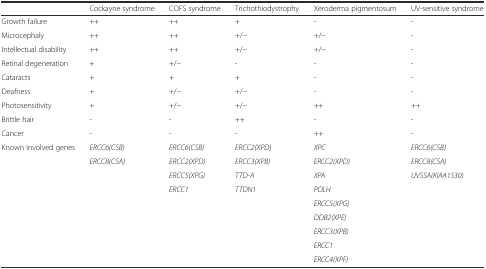
|  | Cockayne syndrome | COFS syndrome | Trichothiodystrophy | Xeroderma pigmentosum | UV-sensitive syndrome |
 | --- | --- | --- | --- | --- | --- |
 | Growth failure | ++ | ++ | + | - | - |
 | Microcephaly | ++ | ++ | +/− | +/− | - |
 | Intellectual disability | ++ | ++ | +/− | +/− | - |
 | Retinal degeneration | + | +/− | - | - | - |
 | Cataracts | + | + | + | - | - |
 | Deafness | + | +/− | +/− | - | - |
 | Photosensitivity | + | +/− | +/− | ++ | ++ |
 | Brittle hair | - | - | ++ | - | - |
 | Cancer | - | - | - | ++ | - |
 | <ROWSPAN=9> Known involved genes | ERCC6(CSB) | ERCC6(CSB) | ERCC2(XPD) | XPC | ERCC6(CSB) |
 | ERCC8(CSA) | ERCC2(XPD) | ERCC3(XPB) | ERCC2(XPD) | ERCC8(CSA) |
 |  | ERCC5(XPG) | TTD-A | XPA | UVSSA(KIAA1530) |
 |  | ERCC1 | TTDN1 | POLH |  |
 |  |  |  | ERCC5(XPG) |  |
 |  |  |  | DDB2(XPE) |  |
 |  |  |  | ERCC3(XPB) |  |
 |  |  |  | ERCC1 |  |
 |  |  |  | ERCC4(XPF) |  |